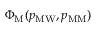
\Phi _ { \mathrm { M } } ( p _ { \mathrm { M W } } , p _ { \mathrm { M M } } )